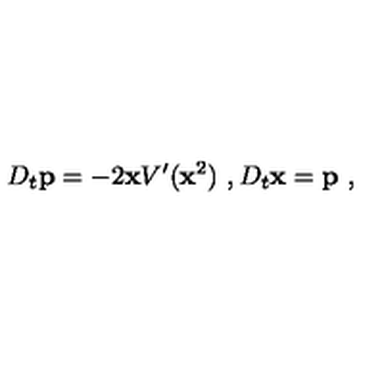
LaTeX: D _ { t } { \bf p } = - 2 { \bf x } V ^ { \prime } ( { \bf x } ^ { 2 } ) \ , D _ { t } { \bf x } = { \bf p } \ ,